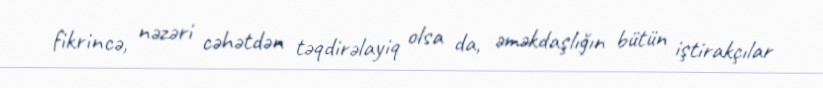
fikrincə, nəzəri cəhətdən təqdirəlayiq olsa da, əməkdaşlığın bütün iştirakçılar